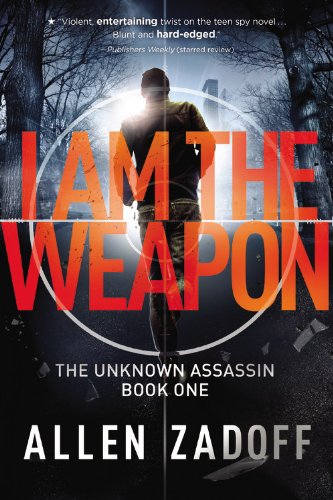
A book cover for I Am the Weapon (Unknown Assassin series, Book 1) - (Previously Titled, Boy Nobody)(Covers may be either Title); Allen Zadoff; Teen & Young Adult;